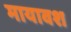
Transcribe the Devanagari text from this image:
मायावश